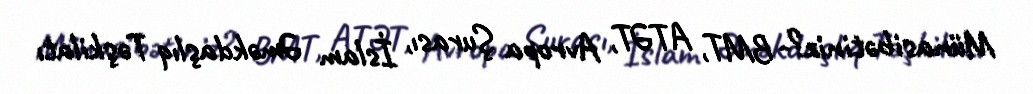
Münasibətiniz?- BMT, ATƏT, Avropa Şurası, İslam Əməkdaşlıq Təşkilatı